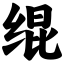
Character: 绲